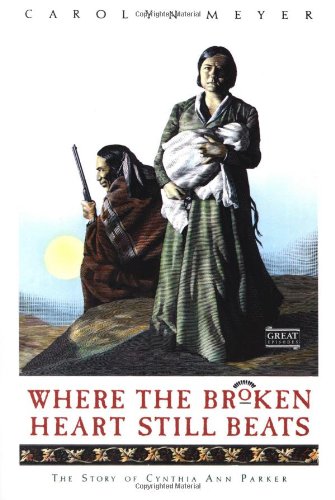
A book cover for Where the Broken Heart Still Beats: The Story of Cynthia Ann Parker; Carolyn Meyer; Teen & Young Adult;